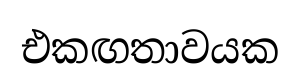
එකඟතාවයක